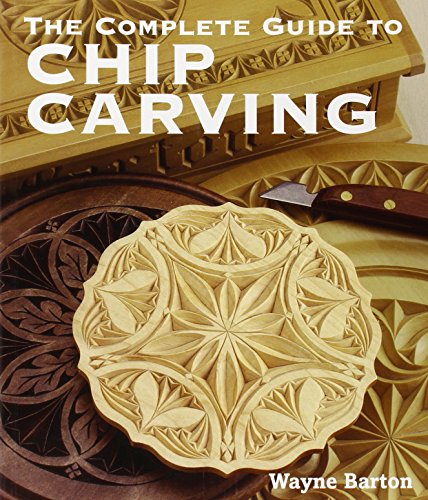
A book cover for The Complete Guide to Chip Carving; Wayne Barton; Crafts, Hobbies & Home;